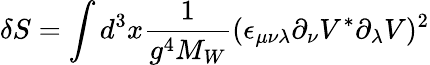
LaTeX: \delta S=\int d^{3}x{\frac{1}{g^{4}M_{W}}}(\epsilon_{\mu\nu\lambda}\partial_{\nu}V^{*}\partial_{\lambda}V)^{2}